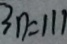
3 n = 1 1 1